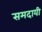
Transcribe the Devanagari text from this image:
समदायी